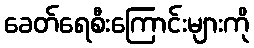
ခေတ်ရေစီးကြောင်းများကို